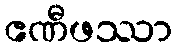
ဧဏီဖဿာ